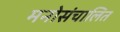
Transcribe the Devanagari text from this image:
मनोसंचालित